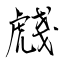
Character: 虥